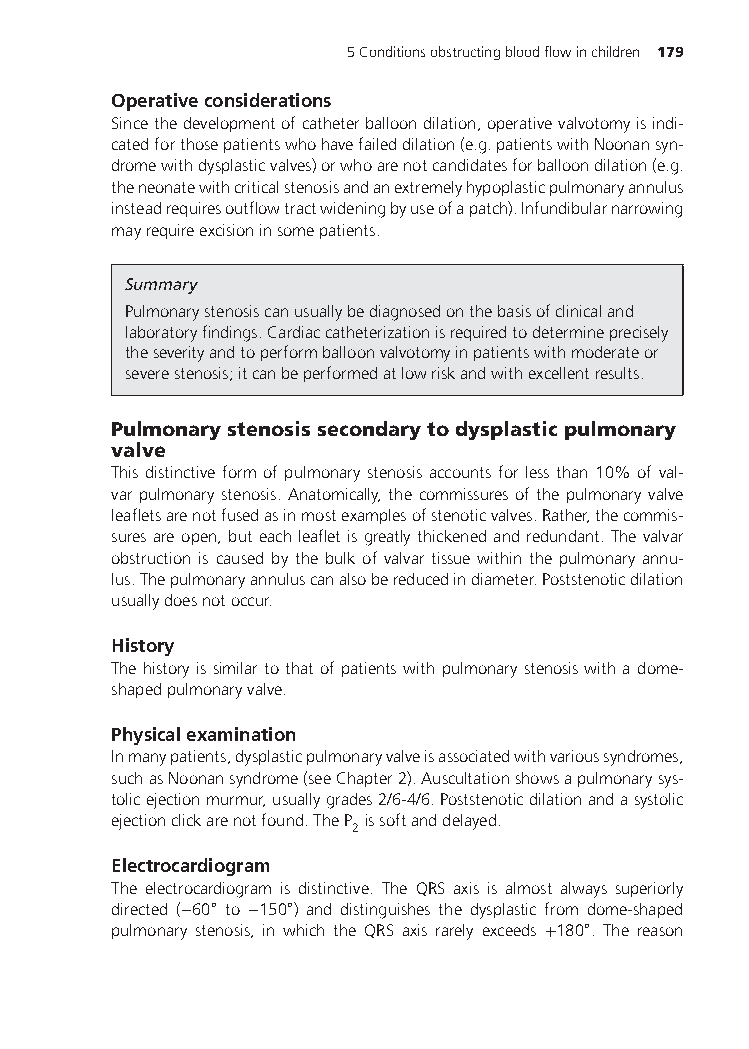
5Conditionsobstructingbloodflowinchildren 179
 Operativeconsiderations
 Sincethedevelopmentofcatheterballoondilation,operativevalvotomyisindi-
 catedforthosepatientswhohavefaileddilation(e.g.patientswithNoonansyn-
 dromewithdysplasticvalves)orwhoarenotcandidatesforballoondilation(e.g.
 theneonatewithcriticalstenosisandanextremelyhypoplasticpulmonaryannulus
 insteadrequiresoutflowtractwideningbyuseofapatch).Infundibularnarrowing
 mayrequireexcisioninsomepatients.
 Summary
 Pulmonarystenosiscanusuallybediagnosedonthebasisofclinicaland
 laboratoryfindings.Cardiaccatheterizationisrequiredtodetermineprecisely
 theseverityandtoperformballoonvalvotomyinpatientswithmoderateor
 severestenosis;itcanbeperformedatlowriskandwithexcellentresults.
 Pulmonarystenosissecondarytodysplasticpulmonary
 valve
 This distinctive form of pulmonary stenosis accounts for less than 10% of val-
 var pulmonary stenosis. Anatomically, the commissures of the pulmonary valve
 leafletsarenotfusedasinmostexamplesofstenoticvalves.Rather,thecommis-
 suresareopen,buteachleafletisgreatlythickenedandredundant.Thevalvar
 obstruction is caused by the bulk of valvar tissue within the pulmonary annu-
 lus.Thepulmonaryannuluscanalsobereducedindiameter.Poststenoticdilation
 usuallydoesnotoccur.
 History
 Thehistoryissimilartothatofpatientswithpulmonarystenosiswithadome-
 shapedpulmonaryvalve.
 Physicalexamination
 Inmanypatients,dysplasticpulmonaryvalveisassociatedwithvarioussyndromes,
 suchasNoonansyndrome(seeChapter2).Auscultationshowsapulmonarysys-
 tolicejectionmurmur,usuallygrades2/6-4/6.Poststenoticdilationandasystolic
 ejectionclickarenotfound.TheP issoftanddelayed.
 2
 Electrocardiogram
 The electrocardiogram is distinctive. The QRS axis is almost always superiorly
 directed
 (−60∘
 to
 −150∘
 ) and distinguishes the dysplastic from dome-shaped
 pulmonary stenosis, in which the QRS axis rarely exceeds
 +180∘
 . The reason